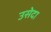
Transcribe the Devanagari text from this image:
उसेदा